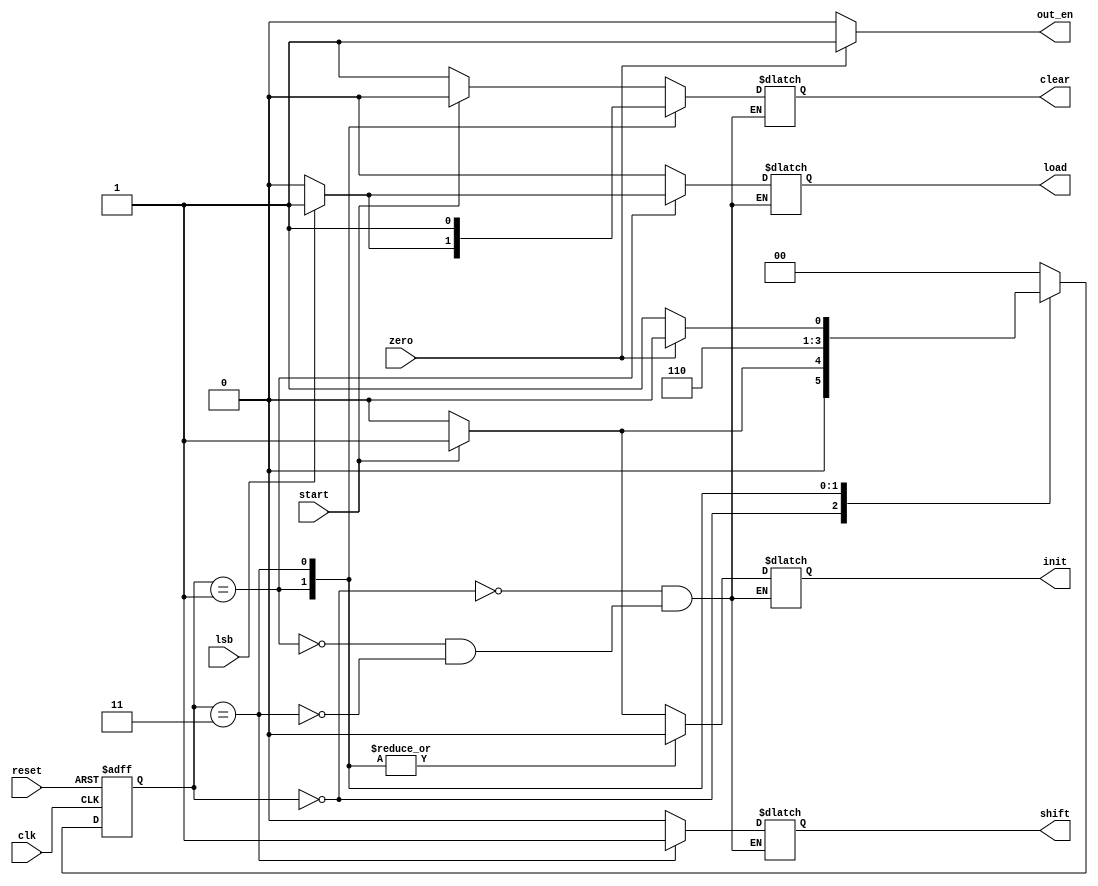
module control_unit(
		input clk,
		input start,
		input reset,
		input lsb,
		input zero,
		output reg init,
		output reg load,
		output reg clear,
		output reg shift,
		output out_en
);
	parameter IDLE = 2'b00;
	parameter ADD_A = 2'b01;
	parameter SHIFT_P = 2'b11;
	
	reg [1:0] state,next_state;
	
	assign out_en =(zero)?1'b1:1'b0;
	
	//combin logic
	always @(start or lsb or zero or state) begin
	next_state = 0;
		case(state)
		IDLE: begin
				if(start == 1'b1) begin
				next_state <= ADD_A;
				init <= 1'b1;
				load <= 1'b0;
				clear <= 1'b0;
				shift <= 1'b0;
				//out_en <= 1'b0;
				end
			else begin 
				next_state <= IDLE;
				init <= 1'b0;
				load <= 1'b0;
				clear <= 1'b1;
				shift <= 1'b0;
				//out_en <= 1'b0;
				end
			end
		ADD_A:begin
				if(lsb) begin
				init <= 1'b0;
				load <= 1'b1;
				clear <= 1'b1;
				shift <= 1'b0;
				next_state <= SHIFT_P;
				//out_en <= 1'b0;
				end else begin
				init <= 1'b0;
				load <= 1'b0;
				clear <= 1'b0;
				shift <= 1'b0;
				next_state <= SHIFT_P;
				//out_en <= 1'b0;
				end
			end
		SHIFT_P: begin
					init <= 1'b0;
					load <= 1'b0;
					clear <= 1'b1;
					shift <= 1'b1;
					if(zero) begin 
							next_state <= IDLE;
							//out_en <= 1'b1;
							end
					else begin 
							next_state <= ADD_A;
							//out_en <= 1'b0;
					end
				end
		endcase
	end
	
	//sequence
	always @(posedge clk or negedge reset) begin
		if(!reset) state <= IDLE;
		else state <= next_state;
	end

endmodule